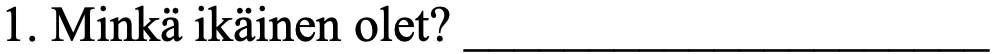
1. Minkä ikäinen olet? _____________________